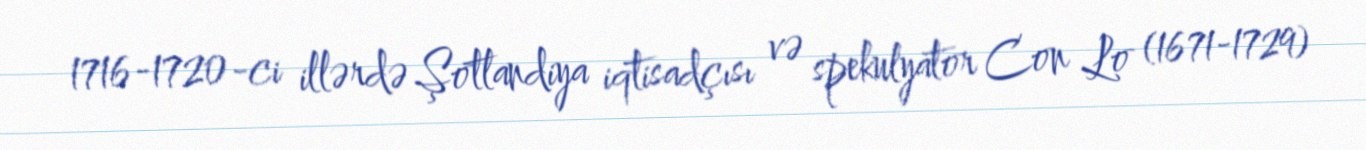
1716-1720-ci illərdə Şotlandiya iqtisadçısı və spekulyator Con Lo (1671-1729)